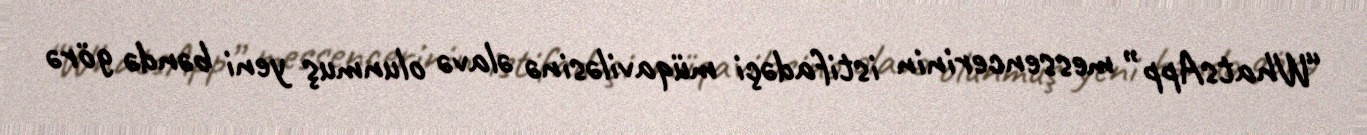
“WhatsApp” messencerinin istifadəçi müqaviləsinə əlavə olunmuş yeni bəndə görə